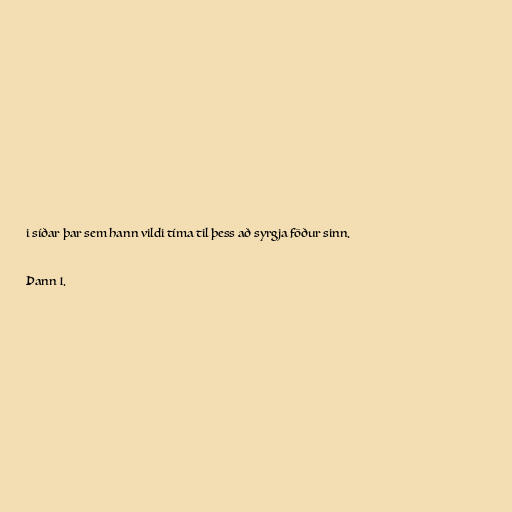
i síðar þar sem hann vildi tíma til þess að syrgja föður sinn.

Þann 1.